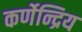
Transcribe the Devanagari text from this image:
कर्णेन्द्रिय